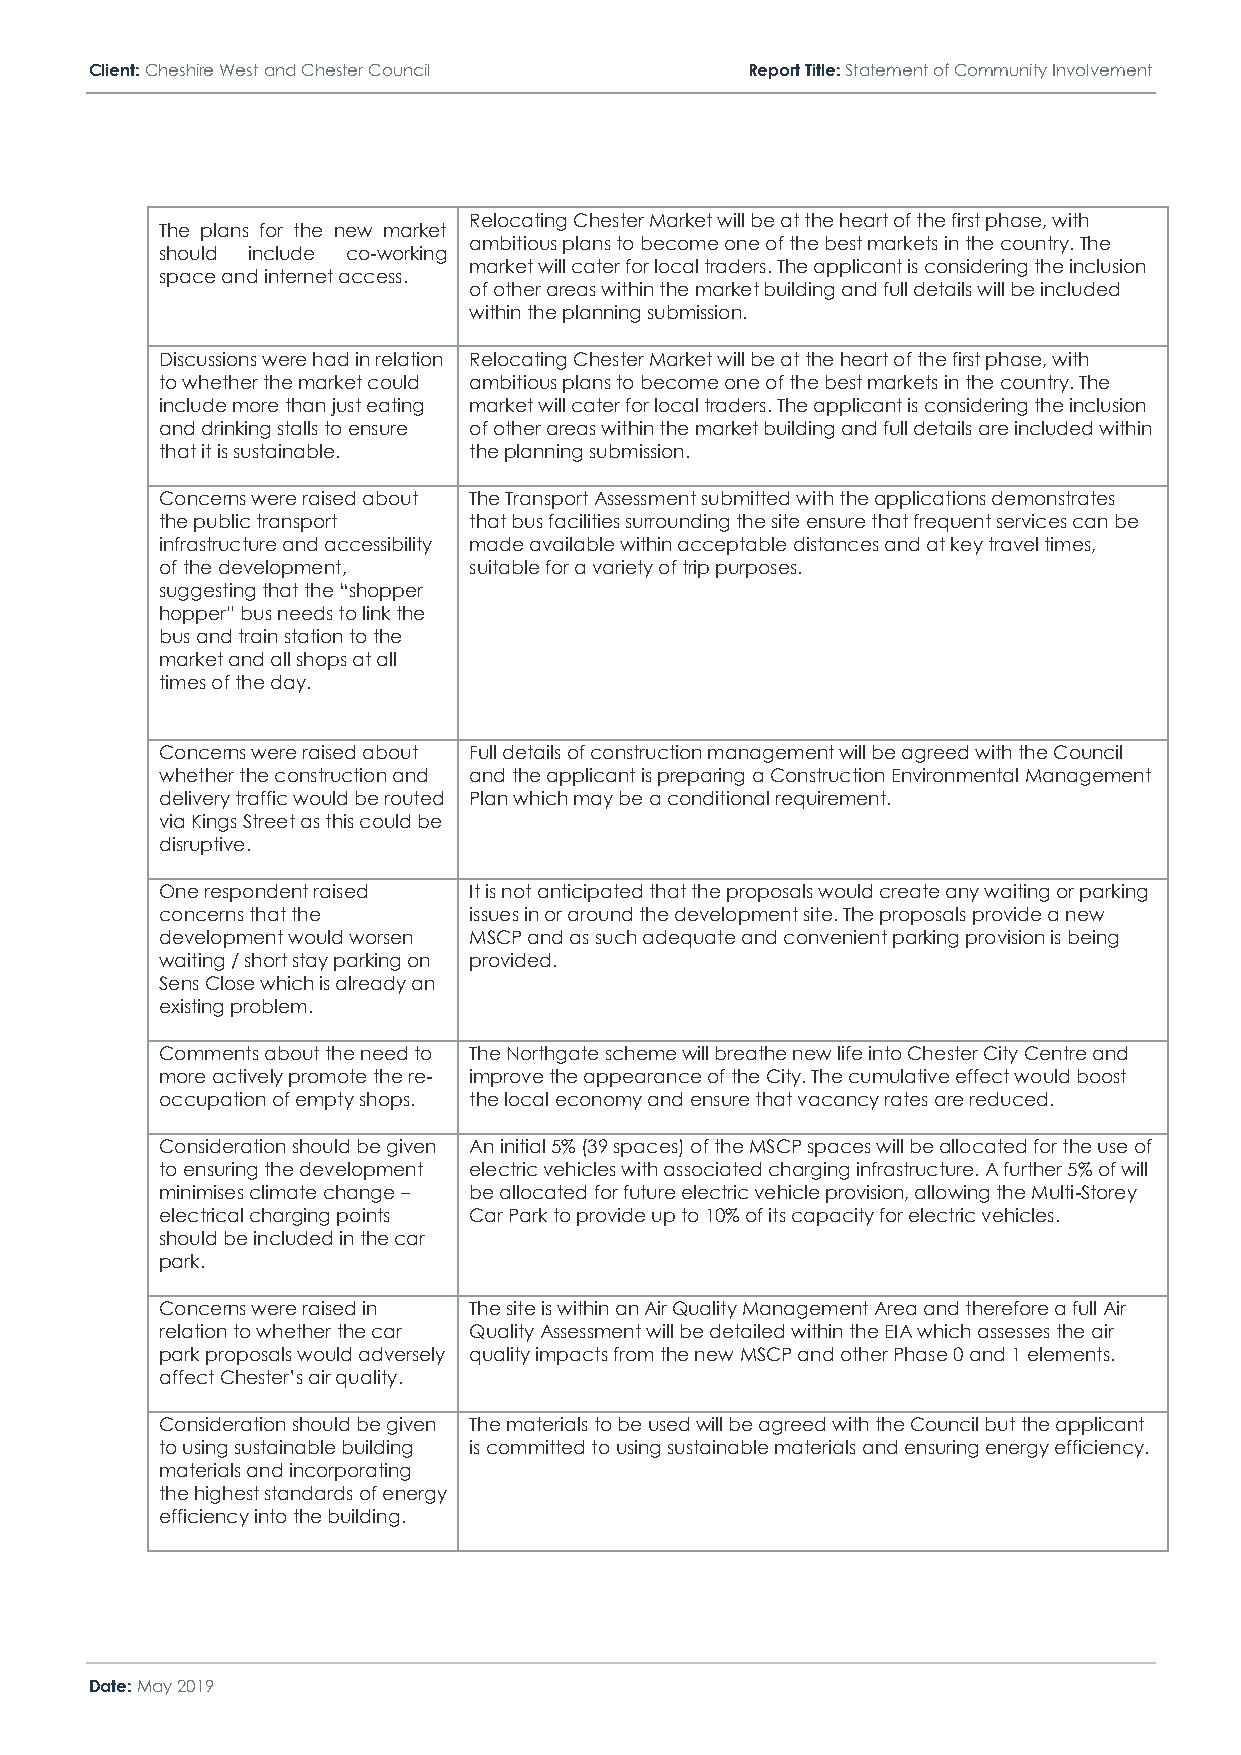
Client: Cheshire West and Chester Council  Report Title: Statement of Community Involvement
 Relocating Chester Market will be at the heart of the first phase, with
 The plans for the new market
 ambitious plans to become one of the best markets in the country. The
 should include co-working
 market will cater for local traders. The applicant is considering the inclusion
 space and internet access.
 of other areas within the market building and full details will be included
 within the planning submission.
 Discussions were had in relation Relocating Chester Market will be at the heart of the first phase, with
 to whether the market could ambitious plans to become one of the best markets in the country. The
 include more than just eating market will cater for local traders. The applicant is considering the inclusion
 and drinking stalls to ensure of other areas within the market building and full details are included within
 that it is sustainable. the planning submission.
 Concerns were raised about The Transport Assessment submitted with the applications demonstrates
 the public transport that bus facilities surrounding the site ensure that frequent services can be
 infrastructure and accessibility made available within acceptable distances and at key travel times,
 of the development, suitable for a variety of trip purposes.
 suggesting that the “shopper
 hopper” bus needs to link the
 bus and train station to the
 market and all shops at all
 times of the day.
 Concerns were raised about Full details of construction management will be agreed with the Council
 whether the construction and and the applicant is preparing a Construction Environmental Management
 delivery traffic would be routed Plan which may be a conditional requirement.
 via Kings Street as this could be
 disruptive.
 One respondent raised It is not anticipated that the proposals would create any waiting or parking
 concerns that the   issues in or around the development site. The proposals provide a new
 development would worsen MSCP and as such adequate and convenient parking provision is being
 waiting / short stay parking on provided.
 Sens Close which is already an
 existing problem.
 Comments about the need to The Northgate scheme will breathe new life into Chester City Centre and
 more actively promote the re- improve the appearance of the City. The cumulative effect would boost
 occupation of empty shops. the local economy and ensure that vacancy rates are reduced.
 Consideration should be given An initial 5% (39 spaces) of the MSCP spaces will be allocated for the use of
 to ensuring the development electric vehicles with associated charging infrastructure. A further 5% of will
 minimises climate change – be allocated for future electric vehicle provision, allowing the Multi-Storey
 electrical charging points Car Park to provide up to 10% of its capacity for electric vehicles.
 should be included in the car
 park.
 Concerns were raised in The site is within an Air Quality Management Area and therefore a full Air
 relation to whether the car Quality Assessment will be detailed within the EIA which assesses the air
 park proposals would adversely quality impacts from the new MSCP and other Phase 0 and 1 elements.
 affect Chester’s air quality.
 Consideration should be given The materials to be used will be agreed with the Council but the applicant
 to using sustainable building is committed to using sustainable materials and ensuring energy efficiency.
 materials and incorporating
 the highest standards of energy
 efficiency into the building.
 Date: May 2019